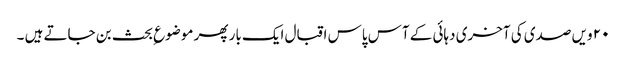
۲۰ ویں صدی کی آخری دہائی کے آس پاس اقبال ایک بار پھر موضوع ِبحث بن جاتے ہیں ۔